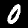
Digit: 0